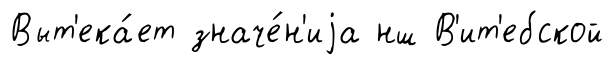
Выт'ека́ет значе́н'иjа нш В'ит'ебской